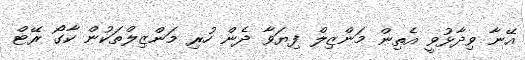
އޭނާ ވިދާޅުވީ އެތިން މަންޒިލް ފިޔަވާ ދެން ހުރި މަންޒިލްތަކުން ކާގޯ ރޭޓް